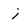
Character: i